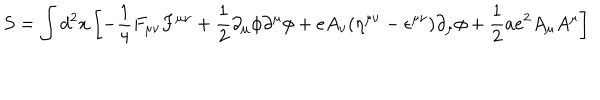
LaTeX: S = \int d ^ { 2 } x \left[ - { \frac { 1 } { 4 } } F _ { \mu \nu } F ^ { \mu \nu } + { \frac { 1 } { 2 } } \partial _ { \mu } \phi \partial ^ { \mu } \phi + e A _ { \nu } ( \eta ^ { \mu \nu } - \epsilon ^ { \mu \nu } ) \partial _ { \mu } \phi + { \frac { 1 } { 2 } } a e ^ { 2 } A _ { \mu } A ^ { \mu } \right]